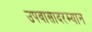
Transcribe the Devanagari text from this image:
उपवासादरम्यान